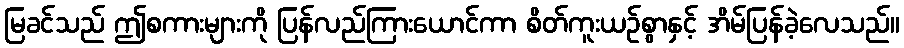
မြခင်သည် ဤစကားများကို ပြန်လည်ကြားယောင်ကာ စိတ်ကူးယဉ်စွာနှင့် အိမ်ပြန်ခဲ့လေသည်။